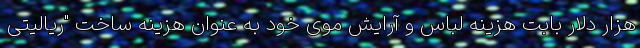
هزار دلار بابت هزینه لباس و آرایش موی خود به عنوان هزینه ساخت "ریالیتی